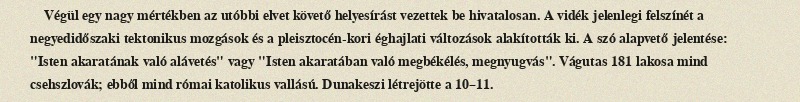
Végül egy nagy mértékben az utóbbi elvet követő helyesírást vezettek be hivatalosan. A vidék jelenlegi felszínét a negyedidőszaki tektonikus mozgások és a pleisztocén-kori éghajlati változások alakították ki. A szó alapvető jelentése: "Isten akaratának való alávetés" vagy "Isten akaratában való megbékélés, megnyugvás". Vágutas 181 lakosa mind csehszlovák; ebből mind római katolikus vallású. Dunakeszi létrejötte a 10–11.